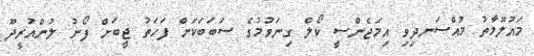
މައުލޫމާތު މުއްސަނދިވި އިމަޖެންސީ ކޯލް ގިނަވުމުގެ ސަބަބަކަށް ފަހަތު ޖީބަށް ފޯނު ލުންއުރީދޫ